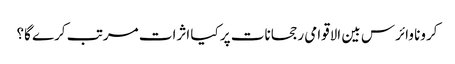
کرونا وائرس بین الاقوامی رجحانات پر کیا اثرات مرتب کرے گا؟